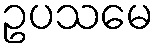
ဥပသမေ